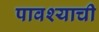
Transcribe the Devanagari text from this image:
पावश्याची